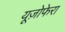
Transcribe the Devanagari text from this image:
यूज़ोफेरा